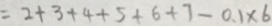
= 2 + 3 + 4 + 5 + 6 + 7 - 0 . 1 \times 6